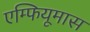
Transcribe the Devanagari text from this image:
एम्फियूमास